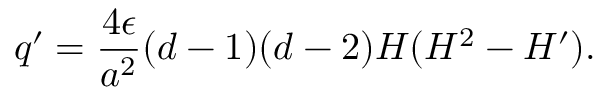
q ^ { \prime } = \frac { 4 \epsilon } { a ^ { 2 } } ( d - 1 ) ( d - 2 ) { \cal H } ( { \cal H } ^ { 2 } - { \cal H } ^ { \prime } ) .